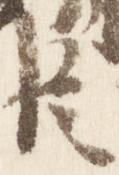
臣